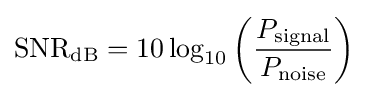
\mathrm {SNR_{dB}} =10\log _{10}\left({\frac {P_{\mathrm {signal} }}{P_{\mathrm {noise} }}}\right)